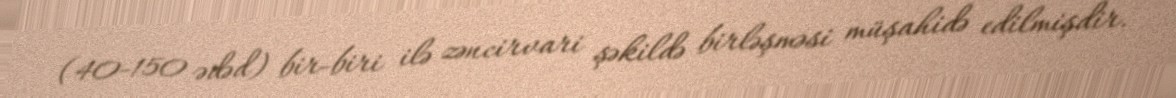
(40-150 ədəd) bir-biri ilə zəncirvari şəkildə birləşməsi müşahidə edilmişdir.